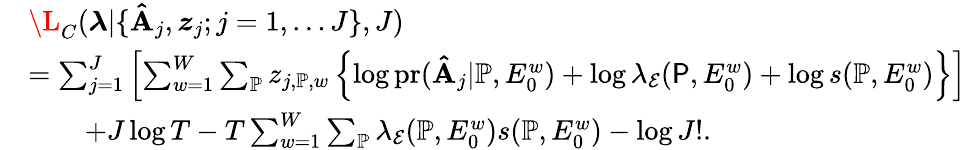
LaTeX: \begin{array}{rl}&{\L_{C}(\boldsymbol{\lambda}|\{ \mathbf{\hat{A}}_{j},\boldsymbol{z}_{j};j=1,\ldots J\} ,J)}\\ &{=\sum_{j=1}^{J}\left[\sum_{w=1}^{W}\sum_{\mathbb{P}}z_{j,\mathbb{P},w}\left\{ \log\mathrm{pr}(\mathbf{\hat{A}}_{j}|\mathbb{P},E_{0}^{w})+\log\lambda_{\mathcal{E}}({\P},E_{0}^{w})+\log s(\mathbb{P},E_{0}^{w})\right\} \right]}\\ &{\quad\quad+J\log T-T\sum_{w=1}^{W}\sum_{\mathbb{P}}\lambda_{\mathcal{E}}({\mathbb{P}},E_{0}^{w})s(\mathbb{P},E_{0}^{w})-\log J!.}\end{array}